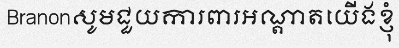
Branonសូមជួយការពារអណ្តាតយើងខ្ញុំ